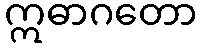
ဣဓာဂတော